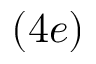
( 4 e )